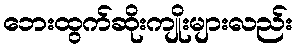
ဘေးထွက်ဆိုးကျိုးများလည်း